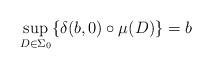
LaTeX: \begin{align*} \sup_{D\in \Sigma_0}\{\delta(b,0)\circ \mu(D)\}=b \end{align*}